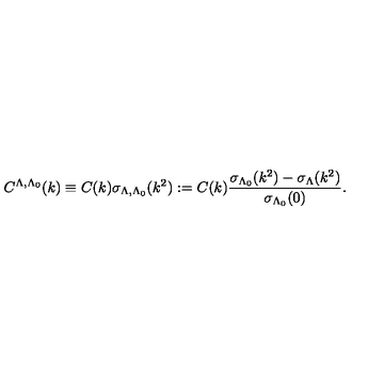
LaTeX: C ^ { \Lambda , \Lambda _ { 0 } } ( k ) \equiv C ( k ) \sigma _ { \Lambda , \Lambda _ { 0 } } ( k ^ { 2 } ) : = C ( k ) \frac { \sigma _ { \Lambda _ { 0 } } ( k ^ { 2 } ) - \sigma _ { \Lambda } ( k ^ { 2 } ) } { \sigma _ { \Lambda _ { 0 } } ( 0 ) } .